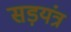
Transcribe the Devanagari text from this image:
सड़यंत्र